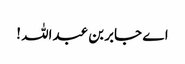
اے جابر بن عبداللہ !